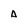
Character: a